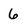
Character: 6